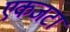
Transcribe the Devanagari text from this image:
एकजटा